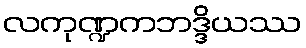
လကုဏ္ဍကဘဒ္ဒိယဿ